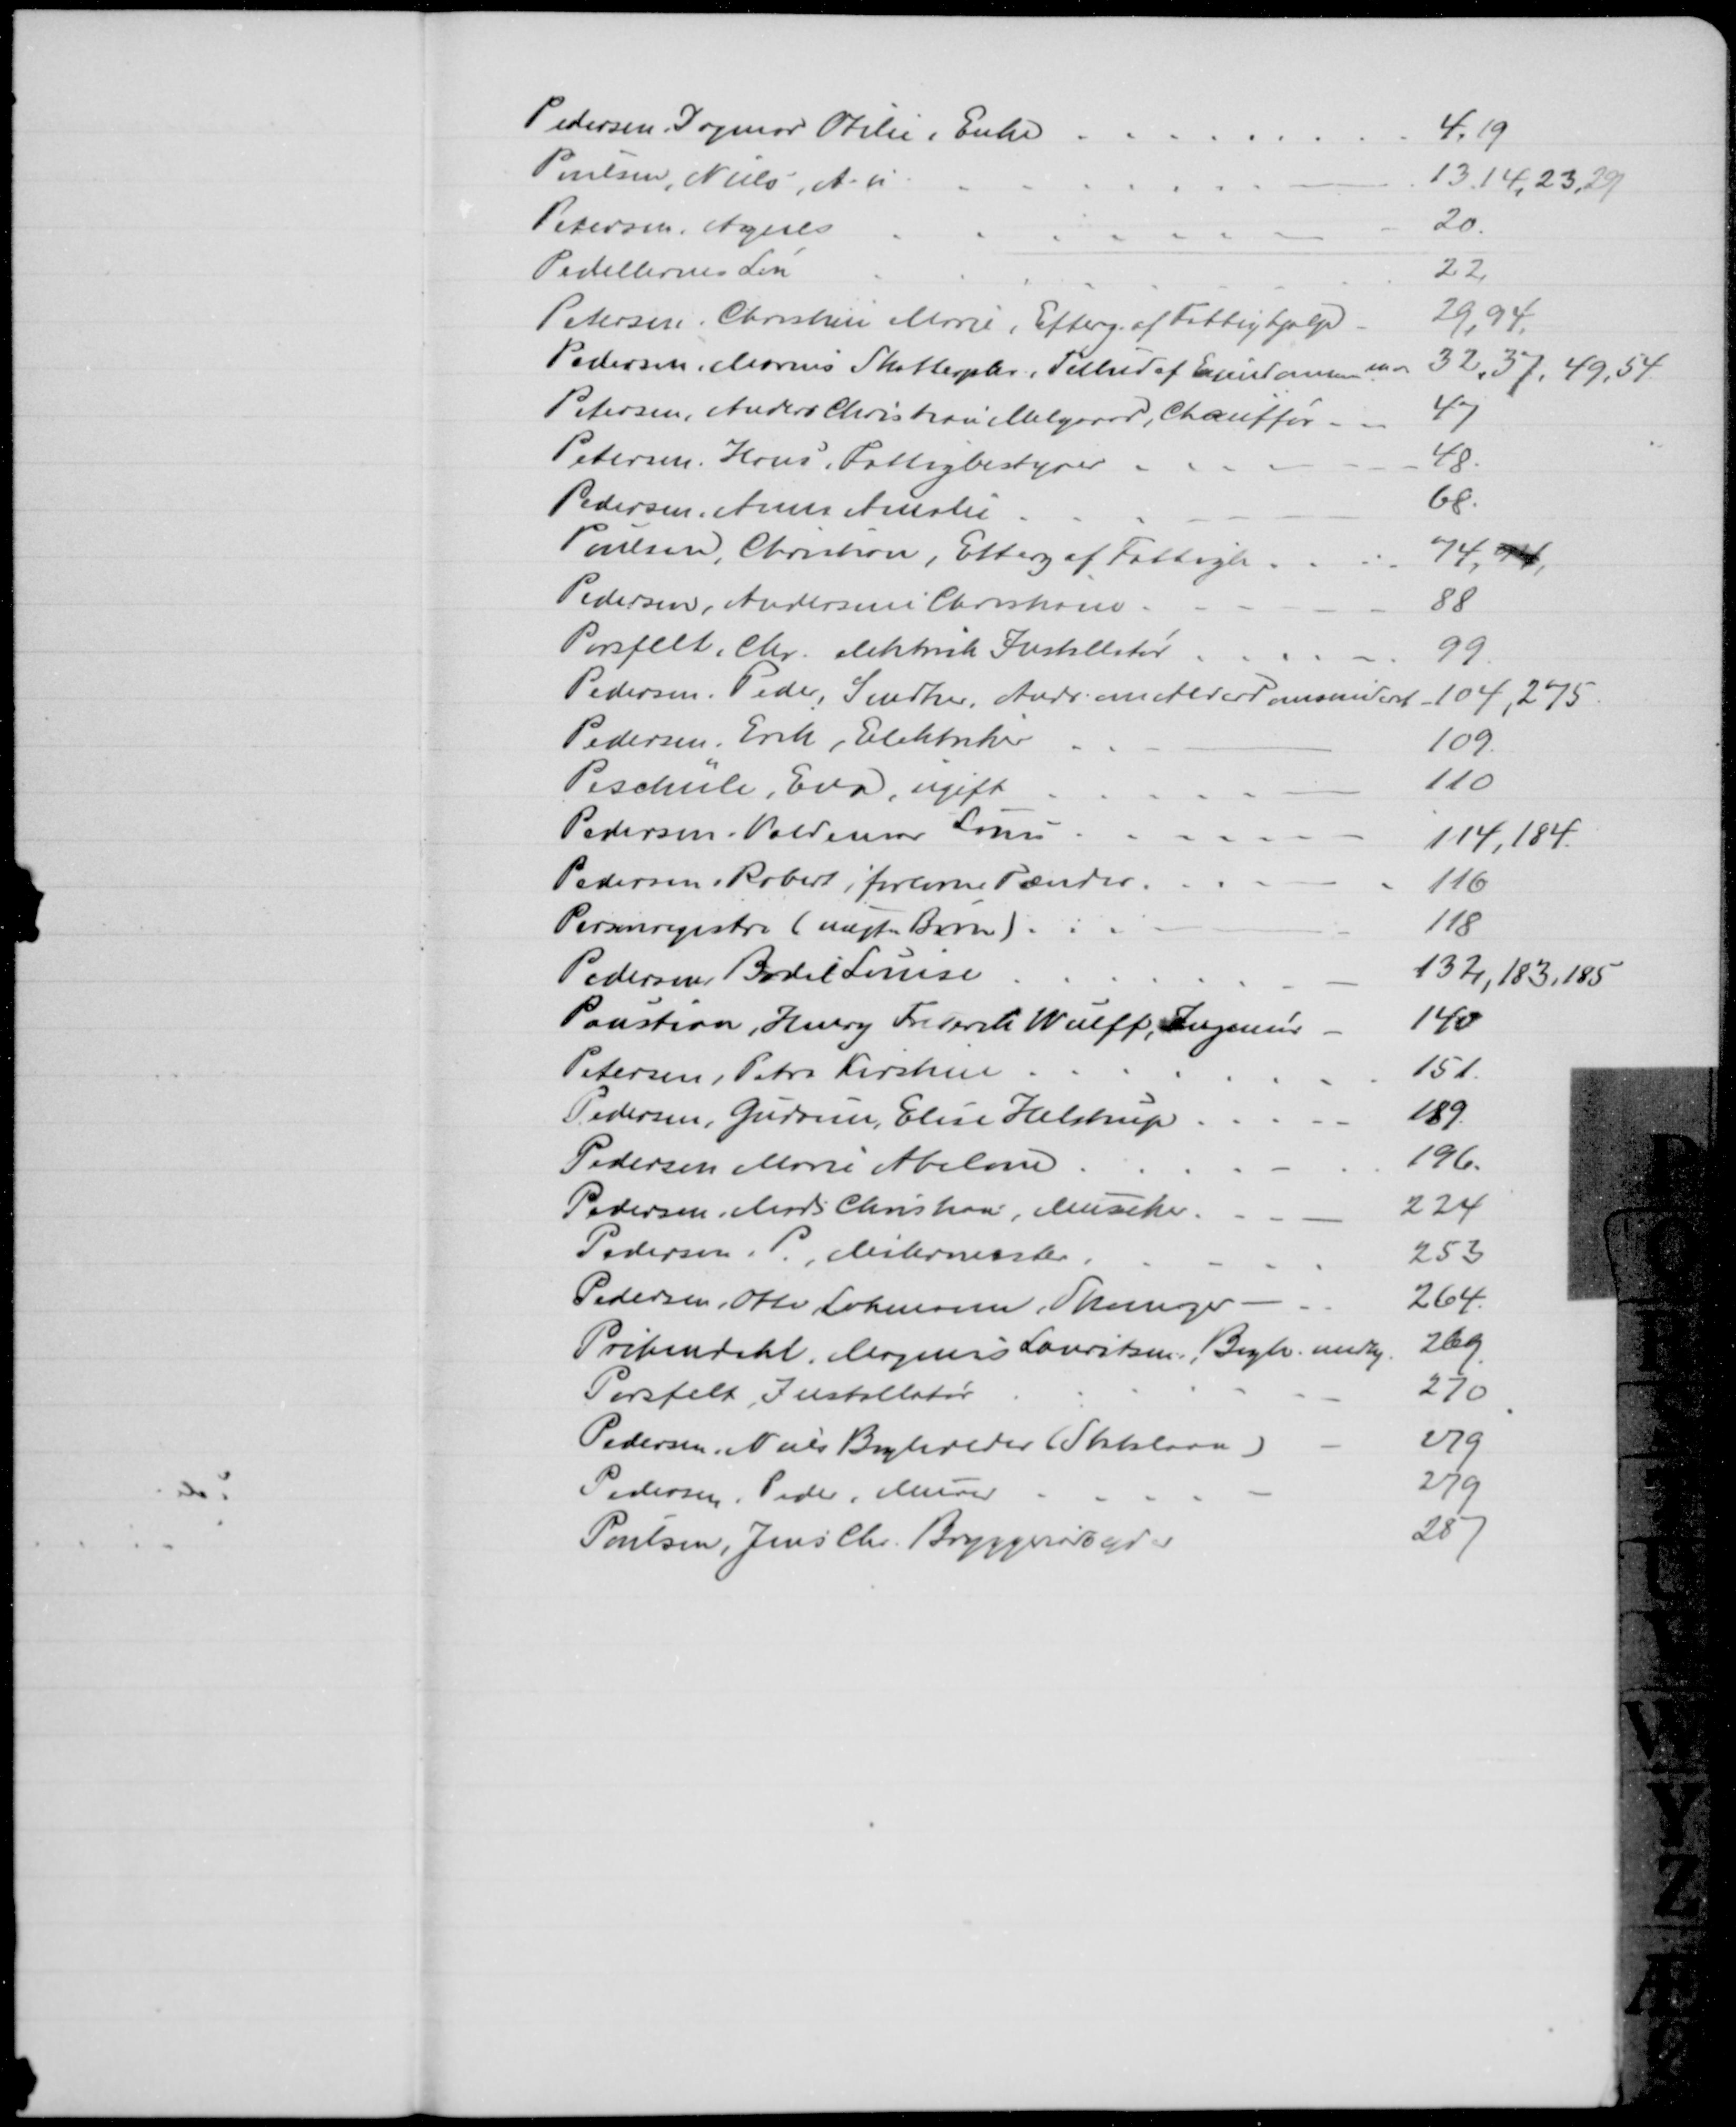
Transskription:
Pedersen, Dagmar Otilie, Enke
4, 19
Poulsen, Niels A. u
13, 14, 23, 29
Petersen. Agnes
20
Pedellernes Løn
22
Petersen, Christine Marie. Efterg. af Fattighjælp
29, 94,
Pedersen, Marius Skatteopkr. Tilbud af Ejendomme m.v.
32, 37, 49, 54
Petersen, Anders Christian Melgaard, Chauffør.
47
Petersen. Hans, Fattigbestyrer
48
Pedersen, Anna Amalie
68
Poulsen, Christian, Efterg af Fattigh
74, 94
Pedersen, Andersine Christiane
88
Porsfelt, Chr. elektrisk Installatør
99
Pedersen, Peder, Snedker, Andr. om Alderdomsunderst
104, 275
Pedersen, Erik, Elektriker
109
Peschüle, Eva, ugift
110
Pedersen, Valdemar Louis
114,184
Pedersen, Robert, forlorne Tænder
116
Personregistre ( uægte Børn)
118
Pedersen, Bodil Louise
132 183, 185
Paustian, Henry Friederik Wulff, Ingeniør
140
Petersen, Petra Kirstine
151
Pedersen, Gudrun, Elise Helstrup
189
Pedersen Marie Abelone
196
Pedersen, Mads Christian, Musiker
224
Pedersen. P., Malermester.
253
Pedersen, Otto Lohmann, Skomager
264
Prihmdahl, Magnus Lauritsen. Bogh. medhj
269
Porsfelt, Installatør
270
Pedersen, Niels Bogholder (Statslaan)
279
Pedersen, Peder, Murer
279
Poulsen, Jens Chr. Bryggeriarbejder
287